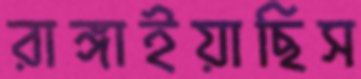
রাঙ্গাইয়াছিস